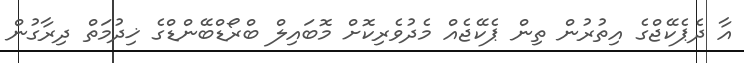
އާ ދެޕެކޭޖްގެ އިތުރުން ތިން ޕެކޭޖެއް މެދުވެރިކޮށް މޮބައިލް ބްރޯޑްބޭންޑްގެ ޚިދުމަތް ދިރާގުން